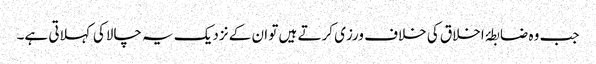
جب وہ ضابطۂ اخلاق کی خلاف ورزی کرتے ہیں تو ان کے نزدیک یہ چالاکی کہلاتی ہے۔